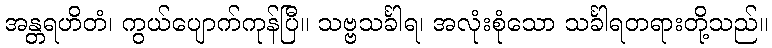
အန္တရဟိတံ၊ ကွယ်ပျောက်ကုန်ပြီ။ သဗ္ဗသင်္ခါရ၊ အလုံးစုံသော သင်္ခါရတရားတို့သည်။